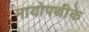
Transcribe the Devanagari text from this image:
मायोपथीके